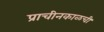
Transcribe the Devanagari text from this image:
प्राचीनकाळची